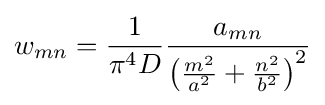
w_{mn}={\frac {1}{\pi ^{4}D}}{\frac {a_{mn}}{\left({\frac {m^{2}}{a^{2}}}+{\frac {n^{2}}{b^{2}}}\right)^{2}}}